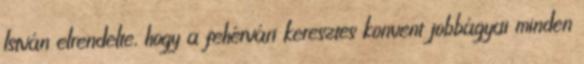
István elrendelte, hogy a fehérvári keresztes konvent jobbágyai minden